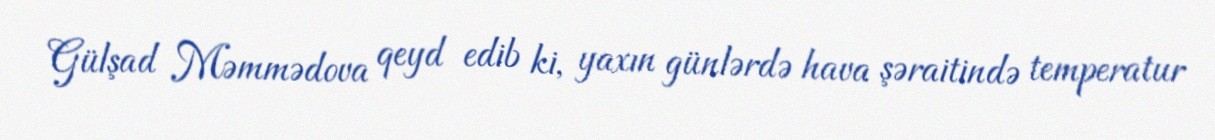
Gülşad Məmmədova qeyd edib ki, yaxın günlərdə hava şəraitində temperatur